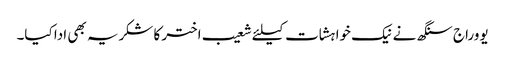
یووراج سنگھ نے نیک خواہشات کیلئے شعیب اختر کا شکریہ بھی ادا کیا۔